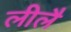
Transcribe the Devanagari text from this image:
लीलै